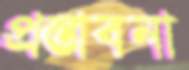
প্রস্তাবনা